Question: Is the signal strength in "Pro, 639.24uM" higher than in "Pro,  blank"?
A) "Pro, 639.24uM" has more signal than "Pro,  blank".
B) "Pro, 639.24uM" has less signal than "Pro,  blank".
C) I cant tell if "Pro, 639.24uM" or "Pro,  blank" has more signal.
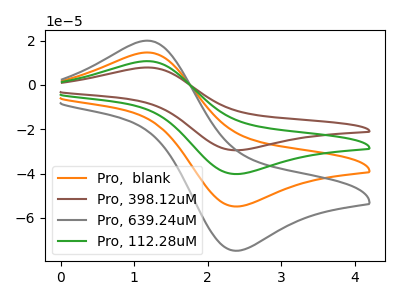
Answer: <think>The orange curve "Pro,  blank" has an anodic peak at (1.15V, 14.65uA) and a cathodic peak at (2.40V, -54.80uA). The brown curve "Pro, 398.12uM" has an anodic peak at (1.15V, 43.90uA) and a cathodic peak at (2.40V, -164.40uA). The gray curve "Pro, 639.24uM" has an anodic peak at (1.15V, 19.95uA) and a cathodic peak at (2.40V, -74.75uA). The green curve "Pro, 112.28uM" has an anodic peak at (1.15V, 29.25uA) and a cathodic peak at (2.40V, -109.60uA).
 All the peaks in "Pro, 639.24uM" have a peak in "Pro,  blank" at the same potential. Every peak in "Pro, 639.24uM" is higher than every peak in "Pro,  blank".</think>
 <answer>A) "Pro, 639.24uM" has more signal than "Pro,  blank".</answer>
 <eval>A</eval>